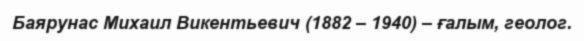
Баярунас Михаил Викентьевич (1882 – 1940) – ғалым, геолог.